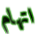
اتهام